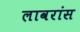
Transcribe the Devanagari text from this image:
लावरांस